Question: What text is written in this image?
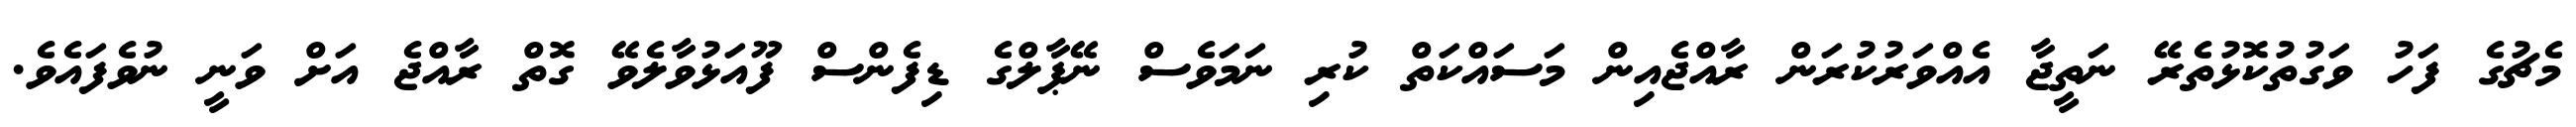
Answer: މެޗުގެ ފަހު ވަގުތުކޮޅުތެރޭ ނަތީޖާ އެއްވަރުކުރަން ރާއްޖެއިން މަސައްކަތް ކުރި ނަމަވެސް ނޭޕާލްގެ ޑިފެންސް ފޫއަޅުވާލެވޭ ގޮތް ރާއްޖެ އަށް ވަނީ ނުވެފައެވެ.